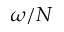
\omega / N